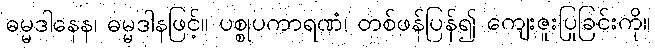
ဓမ္မဒါနေန၊ ဓမ္မဒါနဖြင့်။ ပစ္စုပကာရဏံ၊ တစ်ဖန်ပြန်၍ ကျေးဇူးပြုခြင်းကို။